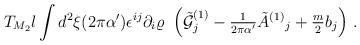
LaTeX: \begin{align*}T_{M_2}l\int d^2\xi (2\pi\alpha^\prime)\epsilon^{ij}\partial_i \varrho\ \left({\tilde {\cal G}}^{(1)}_j-{\textstyle\frac{1}{2\pi\alpha^\prime}}{\tilde A}^{(1)}{}_{j}+{\textstyle\frac{m}{2}} b_{j}\right)\, .\end{align*}